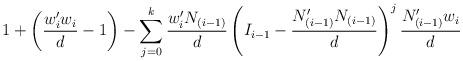
LaTeX: \begin{align*}1 + \left(\frac{w_i'w_i}{d} -1\right)- \sum_{j=0}^k \frac{w_i'N_{(i-1)}}{d}\left( I_{i-1} - \frac{N_{(i-1)}'N_{(i-1)}}{d}\right)^j\frac{N_{(i-1)}'w_i}{d}\end{align*}